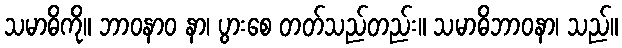
သမာဓိကို။ ဘာဝနာဝ နာ၊ ပွားစေ တတ်သည်တည်း။ သမာဓိဘာဝနာ၊ သည်။